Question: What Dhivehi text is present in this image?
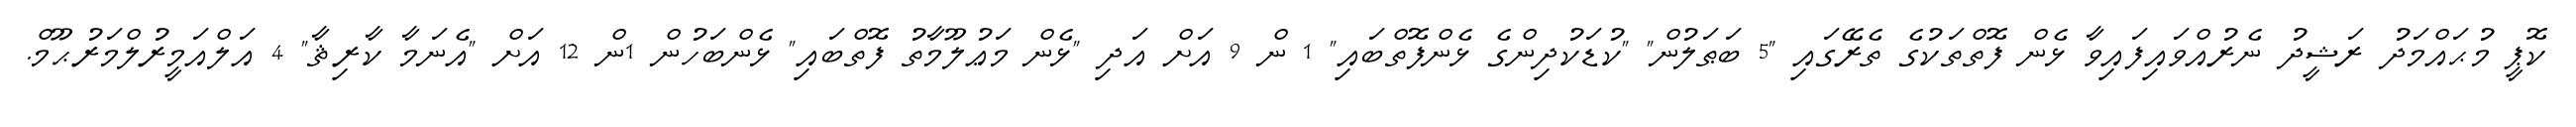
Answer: ކޮޕީ މުޙައްމަދު ރަޝީދު ނެރުއްވައިފައިވާ ޅެން ފޮތްތަކުގެ ތެރޭގައި "5 ބަޠަލުން" "ކުޑަކުދިންގެ ޅެންފޮތްބައި" 1 ން 9 އަށް އަދި "ޅެން މަޢުލޫމާތު ފޮތްބައި" ޅެންބަހުން 1ން 12 އަށް "އެނަމާ ކާރިޘާ" 4 އަލްއަމީރުލްމަރުޙޫމް.